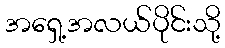
အရှေ့အလယ်ပိုင်းသို့